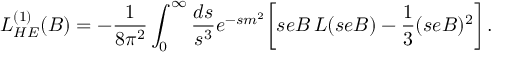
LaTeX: { \cal L } _ { H E } ^ { ( 1 ) } ( B ) = - { \frac { 1 } { 8 \pi ^ { 2 } } } \int _ { 0 } ^ { \infty } { \frac { d s } { s ^ { 3 } } } e ^ { - s m ^ { 2 } } \biggl [ s e B \, L ( s e B ) - { \frac { 1 } { 3 } } ( s e B ) ^ { 2 } \biggr ] \, .